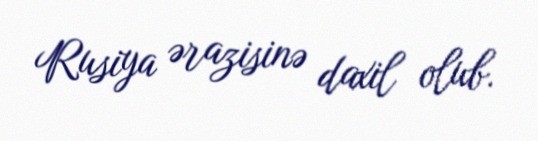
Rusiya ərazisinə daxil olub.